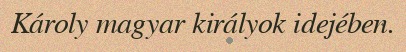
Károly magyar királyok idejében.